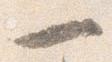
一